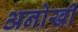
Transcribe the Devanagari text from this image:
अनोखीं